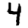
Digit: 4